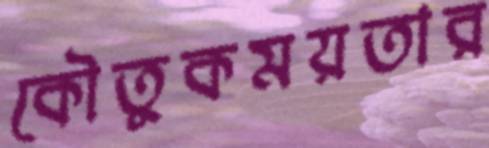
কৌতুকময়তার